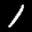
Label: 1